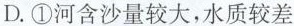
D.①河含沙量较大，水质较差